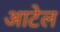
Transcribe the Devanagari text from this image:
आटेल